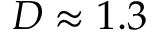
D \approx 1 . 3